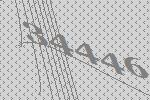
34446